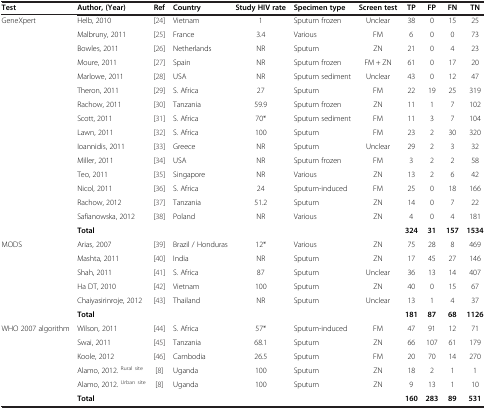
<table><thead><tr><td><b>Test</b></td><td><b>Author, (Year)</b></td><td><b>Ref</b></td><td><b>Country</b></td><td><b>Study HIV rate</b></td><td><b>Specimen type</b></td><td><b>Screen test</b></td><td><b>TP</b></td><td><b>FP</b></td><td><b>FN</b></td><td><b>TN</b></td></tr></thead><tbody><tr><td>GeneXpert</td><td>Helb, 2010</td><td>[24]</td><td>Vietnam</td><td>1</td><td>Sputum frozen</td><td>Unclear</td><td>38</td><td>0</td><td>15</td><td>25</td></tr><tr><td> </td><td>Malbruny, 2011</td><td>[25]</td><td>France</td><td>3.4</td><td>Various</td><td>FM</td><td>6</td><td>0</td><td>0</td><td>73</td></tr><tr><td> </td><td>Bowles, 2011</td><td>[26]</td><td>Netherlands</td><td>NR</td><td>Sputum</td><td>ZN</td><td>21</td><td>0</td><td>4</td><td>23</td></tr><tr><td> </td><td>Moure, 2011</td><td>[27]</td><td>Spain</td><td>NR</td><td>Sputum frozen</td><td>FM + ZN</td><td>61</td><td>0</td><td>17</td><td>20</td></tr><tr><td> </td><td>Marlowe, 2011</td><td>[28]</td><td>USA</td><td>NR</td><td>Sputum sediment</td><td>Unclear</td><td>43</td><td>0</td><td>12</td><td>47</td></tr><tr><td> </td><td>Theron, 2011</td><td>[29]</td><td>S. Africa</td><td>27</td><td>Sputum</td><td>FM</td><td>22</td><td>19</td><td>25</td><td>319</td></tr><tr><td> </td><td>Rachow, 2011</td><td>[30]</td><td>Tanzania</td><td>59.9</td><td>Sputum frozen</td><td>ZN</td><td>11</td><td>1</td><td>7</td><td>102</td></tr><tr><td> </td><td>Scott, 2011</td><td>[31]</td><td>S. Africa</td><td>70*</td><td>Sputum sediment</td><td>FM</td><td>11</td><td>3</td><td>7</td><td>104</td></tr><tr><td> </td><td>Lawn, 2011</td><td>[32]</td><td>S. Africa</td><td>100</td><td>Sputum</td><td>FM</td><td>23</td><td>2</td><td>30</td><td>320</td></tr><tr><td> </td><td>Ioannidis, 2011</td><td>[33]</td><td>Greece</td><td>NR</td><td>Sputum</td><td>Unclear</td><td>29</td><td>2</td><td>3</td><td>32</td></tr><tr><td> </td><td>Miller, 2011</td><td>[34]</td><td>USA</td><td>NR</td><td>Sputum frozen</td><td>FM</td><td>3</td><td>2</td><td>2</td><td>58</td></tr><tr><td> </td><td>Teo, 2011</td><td>[35]</td><td>Singapore</td><td>NR</td><td>Various</td><td>ZN</td><td>13</td><td>2</td><td>6</td><td>42</td></tr><tr><td> </td><td>Nicol, 2011</td><td>[36]</td><td>S. Africa</td><td>24</td><td>Sputum-induced</td><td>FM</td><td>25</td><td>0</td><td>18</td><td>166</td></tr><tr><td> </td><td>Rachow, 2012</td><td>[37]</td><td>Tanzania</td><td>51.2</td><td>Sputum</td><td>ZN</td><td>14</td><td>0</td><td>7</td><td>22</td></tr><tr><td> </td><td>Safianowska, 2012</td><td>[38]</td><td>Poland</td><td>NR</td><td>Various</td><td>ZN</td><td>4</td><td>0</td><td>4</td><td>181</td></tr><tr><td> </td><td><b>Total</b></td><td> </td><td> </td><td> </td><td> </td><td> </td><td><b>324</b></td><td><b>31</b></td><td><b>157</b></td><td><b>1534</b></td></tr><tr><td>MODS</td><td>Arias, 2007</td><td>[39]</td><td>Brazil / Honduras</td><td>12*</td><td>Various</td><td>ZN</td><td>75</td><td>28</td><td>8</td><td>469</td></tr><tr><td> </td><td>Mashta, 2011</td><td>[40]</td><td>India</td><td>NR</td><td>Sputum</td><td>ZN</td><td>17</td><td>45</td><td>27</td><td>146</td></tr><tr><td> </td><td>Shah, 2011</td><td>[41]</td><td>S. Africa</td><td>87</td><td>Sputum</td><td>Unclear</td><td>36</td><td>13</td><td>14</td><td>407</td></tr><tr><td> </td><td>Ha DT, 2010</td><td>[42]</td><td>Vietnam</td><td>100</td><td>Sputum</td><td>ZN</td><td>40</td><td>0</td><td>15</td><td>67</td></tr><tr><td> </td><td>Chaiyasirinroje, 2012</td><td>[43]</td><td>Thailand</td><td>NR</td><td>Sputum</td><td>Unclear</td><td>13</td><td>1</td><td>4</td><td>37</td></tr><tr><td> </td><td><b>Total</b></td><td> </td><td> </td><td> </td><td> </td><td> </td><td><b>181</b></td><td><b>87</b></td><td><b>68</b></td><td><b>1126</b></td></tr><tr><td>WHO 2007 algorithm</td><td>Wilson, 2011</td><td>[44]</td><td>S. Africa</td><td>57*</td><td>Sputum-induced</td><td>FM</td><td>47</td><td>91</td><td>12</td><td>71</td></tr><tr><td> </td><td>Swai, 2011</td><td>[45]</td><td>Tanzania</td><td>68.1</td><td>Sputum</td><td>ZN</td><td>66</td><td>107</td><td>61</td><td>179</td></tr><tr><td> </td><td>Koole, 2012</td><td>[46]</td><td>Cambodia</td><td>26.5</td><td>Sputum</td><td>FM</td><td>20</td><td>70</td><td>14</td><td>270</td></tr><tr><td> </td><td>Alamo, 2012. <sup>Rural site</sup></td><td>[8]</td><td>Uganda</td><td>100</td><td>Sputum</td><td>ZN</td><td>18</td><td>2</td><td>1</td><td>1</td></tr><tr><td> </td><td>Alamo, 2012. <sup>Urban site</sup></td><td>[8]</td><td>Uganda</td><td>100</td><td>Sputum</td><td>ZN</td><td>9</td><td>13</td><td>1</td><td>10</td></tr><tr><td> </td><td><b>Total</b></td><td> </td><td> </td><td> </td><td> </td><td> </td><td><b>160</b></td><td><b>283</b></td><td><b>89</b></td><td><b>531</b></td></tr></tbody></table>